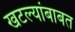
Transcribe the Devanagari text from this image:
खटल्यांबाबत